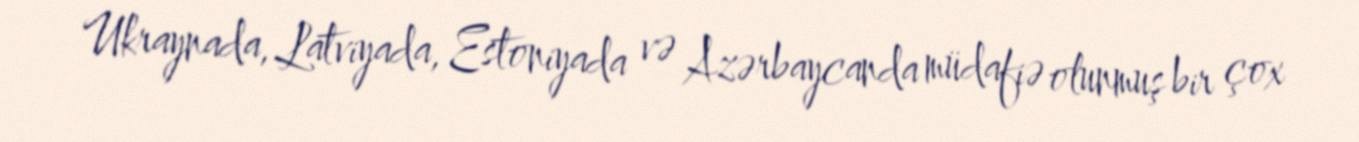
Ukraynada, Latviyada, Estoniyada və Azərbaycanda müdafiə olunmuş bir çox